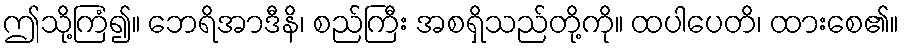
ဤသို့ကြံ၍။ ဘေရိအာဒီနိ၊ စည်ကြီး အစရှိသည်တို့ကို။ ထပါပေတိ၊ ထားစေ၏။